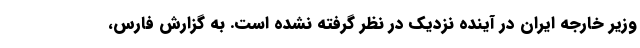
وزیر خارجه ایران در آینده نزدیک در نظر گرفته نشده است. به گزارش فارس،